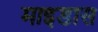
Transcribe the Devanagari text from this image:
माइडास